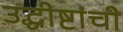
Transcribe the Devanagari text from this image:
उद्धीष्टांची